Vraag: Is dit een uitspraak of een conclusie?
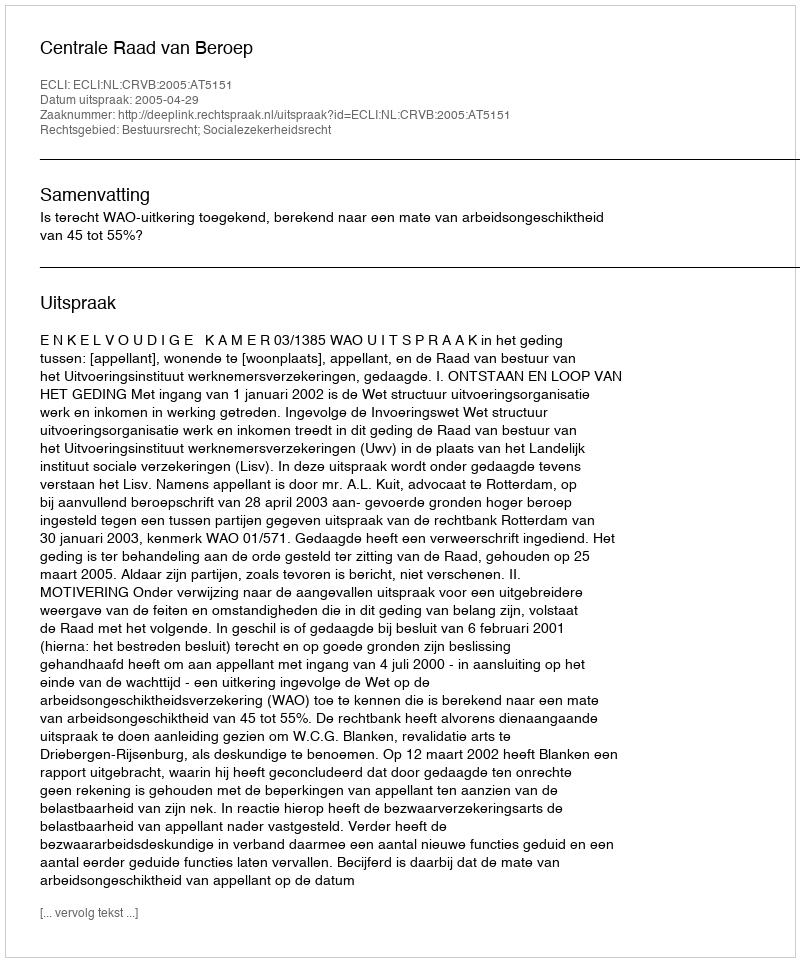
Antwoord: Uitspraak